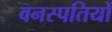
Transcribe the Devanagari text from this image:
वनस्‍पतियों